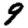
Digit: 9